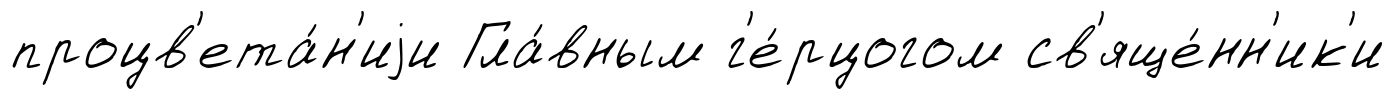
процв'ета́н'иjи Гла́вным г'е́рцогом св'яще́нн'ик'и